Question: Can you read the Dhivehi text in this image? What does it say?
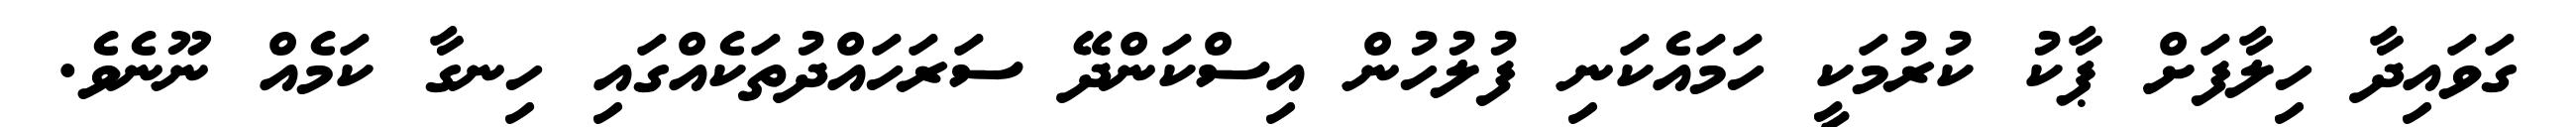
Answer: ގަވައިދާ ހިލާފަށް ޕާކު ކުރުމަކީ ހަމައެކަނި ފުލުހުން އިސްކަންދޭ ސަރަހައްދުތަކެއްގައި ހިނގާ ކަމެއް ނޫނެވެ.